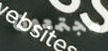
مجتمعون